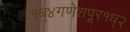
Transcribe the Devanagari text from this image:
१ध्४गणेशपूर१ध्२